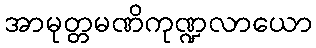
အာမုတ္တမဏိကုဏ္ဍလာယော